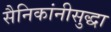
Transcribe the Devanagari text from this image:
सैनिकांनीसुद्धा